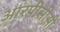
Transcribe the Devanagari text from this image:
आरपीसीसी